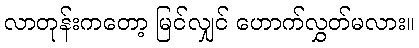
လာတုန်းကတော့ မြင်လျှင် ဟောက်လွှတ်မလား။